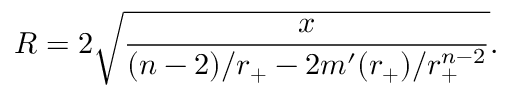
R = 2 \sqrt { \frac { x } { ( n - 2 ) / r _ { + } - 2 m ^ { \prime } ( r _ { + } ) / r _ { + } ^ { n - 2 } } } .